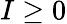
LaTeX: I\ge 0